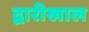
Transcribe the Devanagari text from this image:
द्वारीखाल